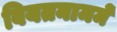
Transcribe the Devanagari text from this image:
वियतनाममें